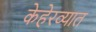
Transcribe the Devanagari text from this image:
केहेरव्यात